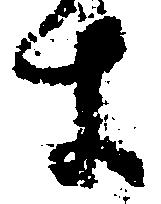
す